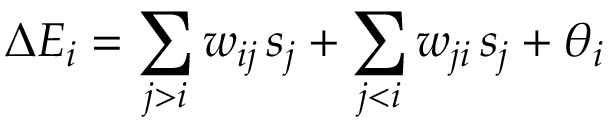
\Delta E _ { i } = \sum _ { j > i } w _ { i j } \, s _ { j } + \sum _ { j < i } w _ { j i } \, s _ { j } + \theta _ { i }